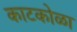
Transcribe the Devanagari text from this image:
काटकोळा